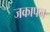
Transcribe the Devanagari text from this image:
जकापन